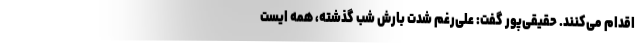
اقدام می‌کنند. حقیقی‌پور گفت: علی‌رغم شدت بارش شب گذشته، همه ایست